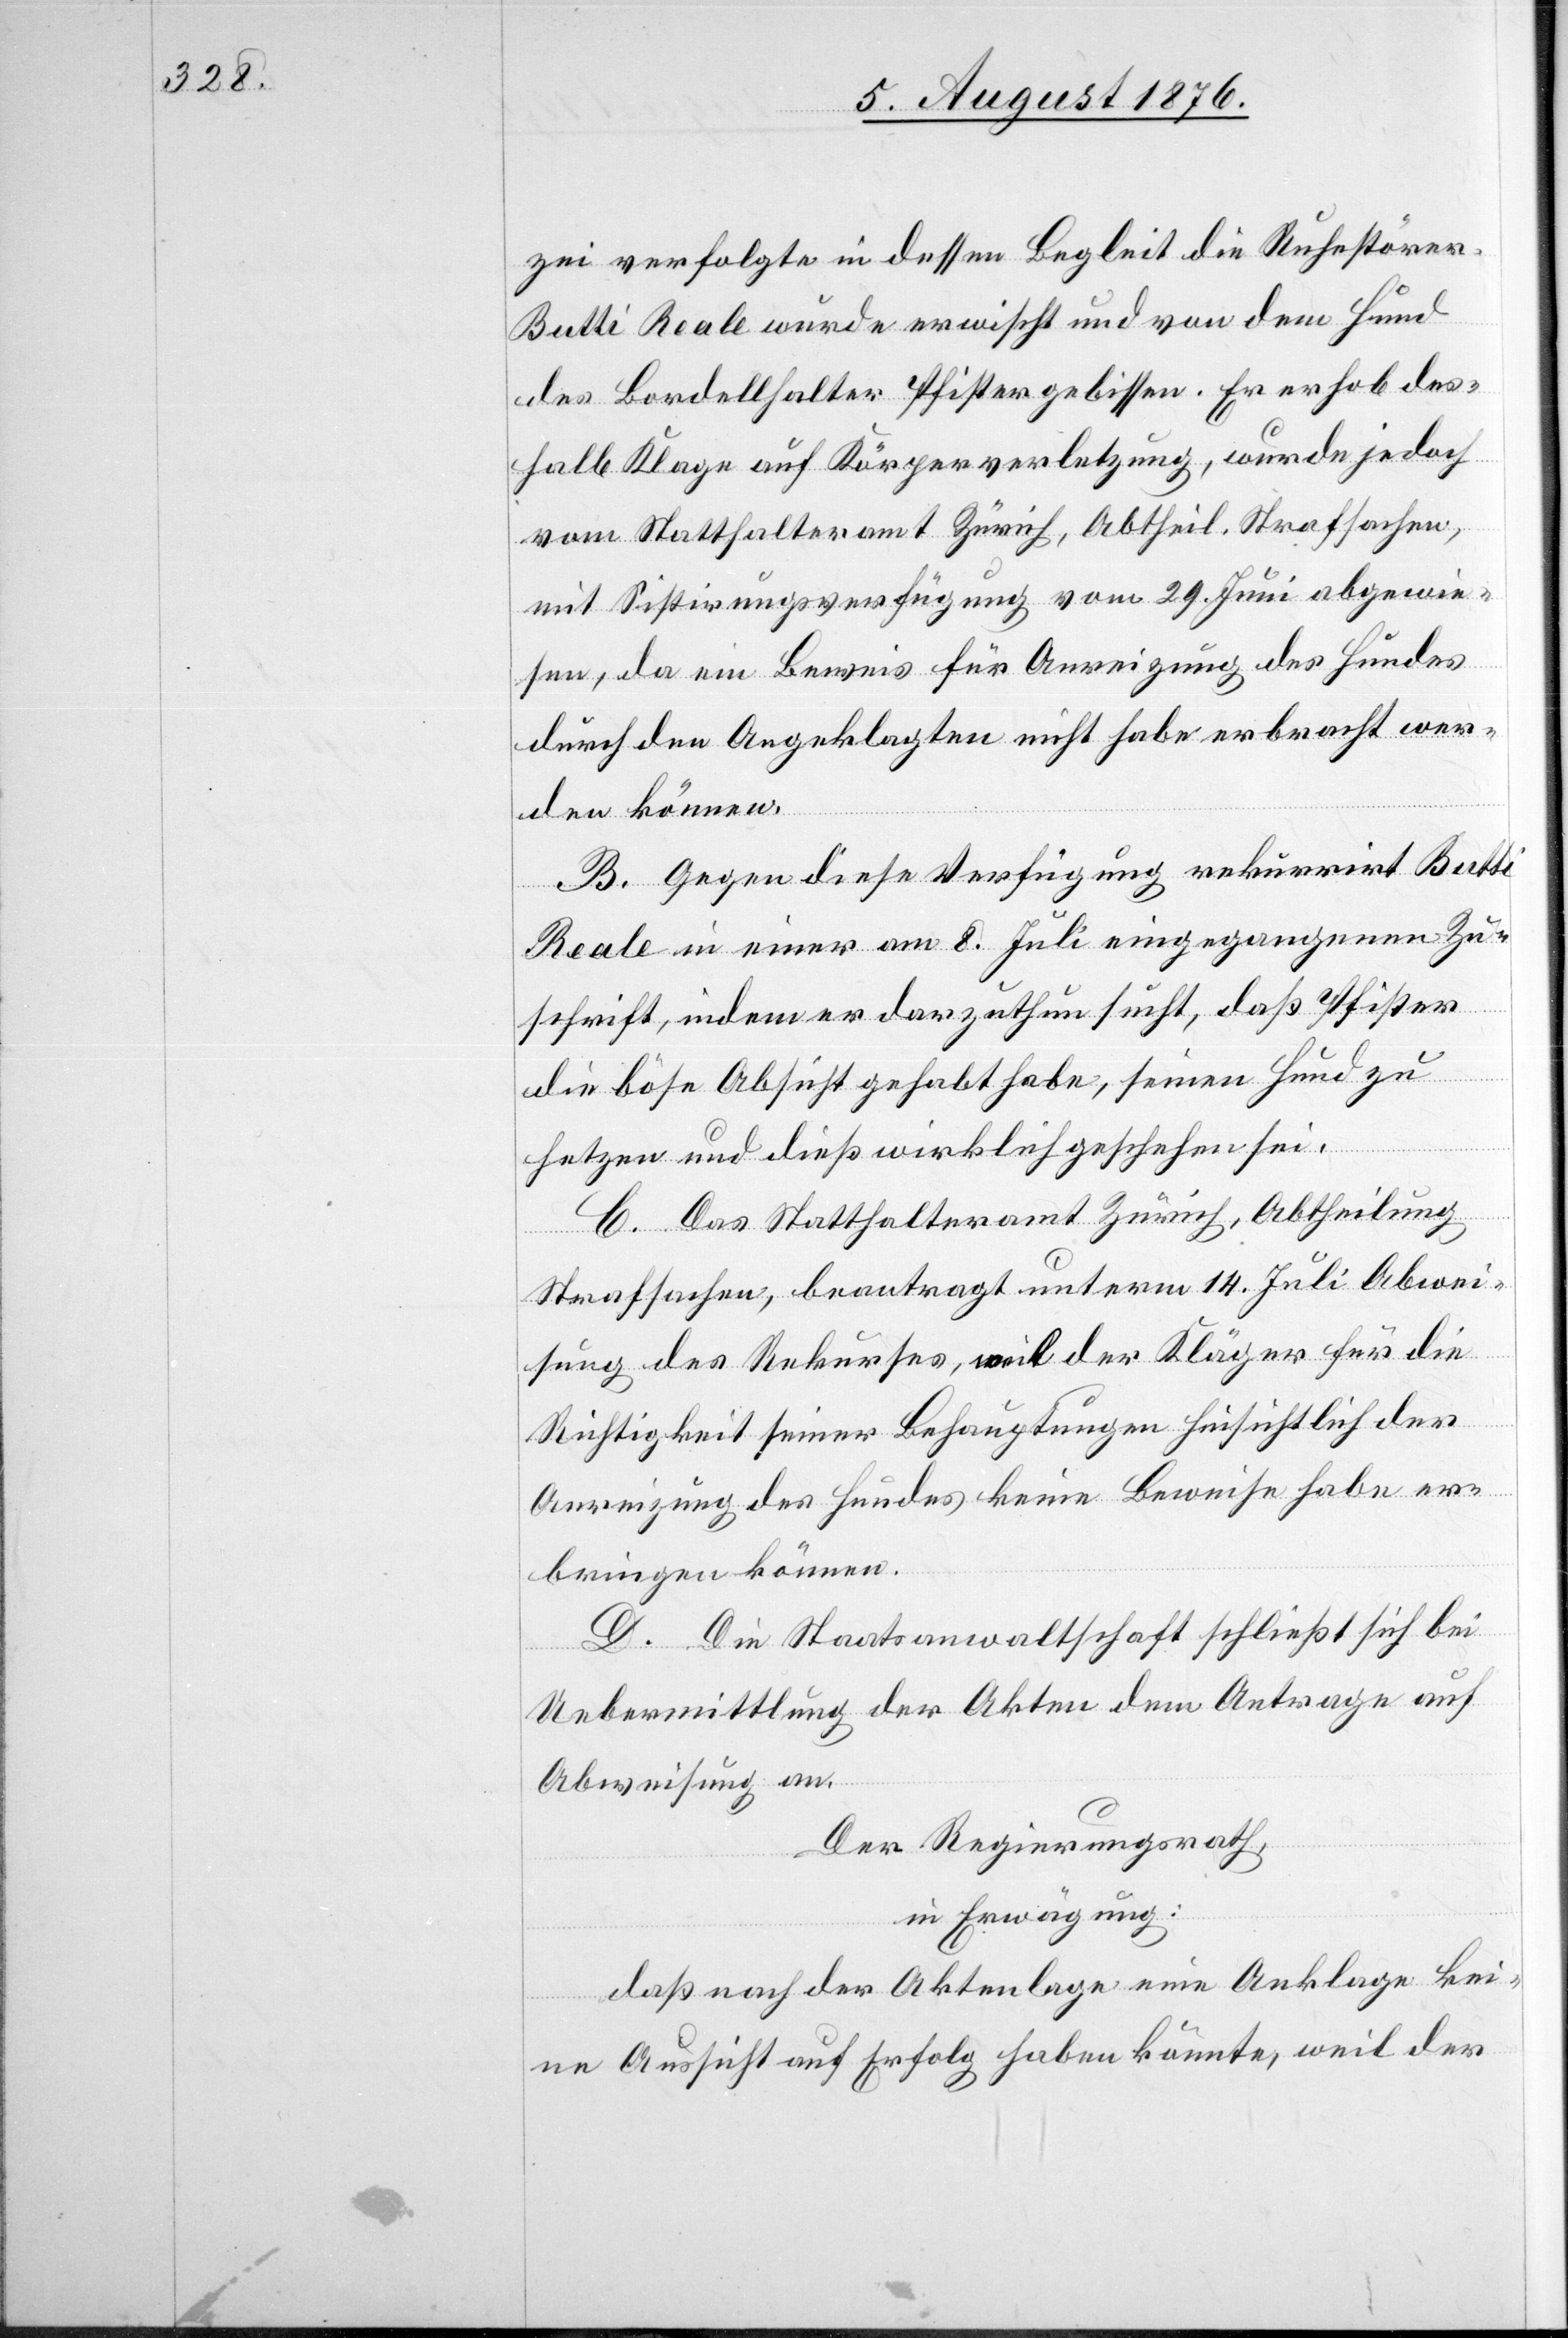
zei verfolgte in dessen Begleit die Ruhestörer.
Butti Reale wurde erwischt und von dem Hund
des Bordellhalter Pfister gebissen. Er erhob des¬
halb Klage auf Körperverletzung, wurde jedoch
vom Statthalteramt Zürich, Abtheil. Strafsachen,
mit Sistirungsverfügung vom 29. Juni abgewie¬
sen, da ein Beweis für Anreizung des Hundes
durch den Angeklagten nicht habe erbracht wer¬
den können.
B. Gegen diese Verfügung rekurrirt Butti
Reale in einer am 8. Juli eingegangenen Zu¬
schrift, indem er darzuthun sucht, daß Pfister
die böse Absicht gehabt habe, seinen Hund zu
hetzen und dies wirklich geschehen sei.
C. Das Statthalteramt Zürich, Abtheilung
Strafsachen, beantragt unterm 14. Juli Abwei¬
sung des Rekurses, weil der Kläger für die
Richtigkeit seiner Behauptungen hinsichtlich der
Anreizung des Hundes keine Beweise habe er¬
bringen können.
D. Die Staatsanwaltschaft schließt sich bei
Uebermittlung der Akten dem Antrage auf
Abweisung an.
Der Regierungsrath,
in Erwägung:
daß nach der Aktenlage eine Anklage kei¬
ne Aussicht auf Erfolg haben könnte, weil der